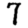
Digit: 7